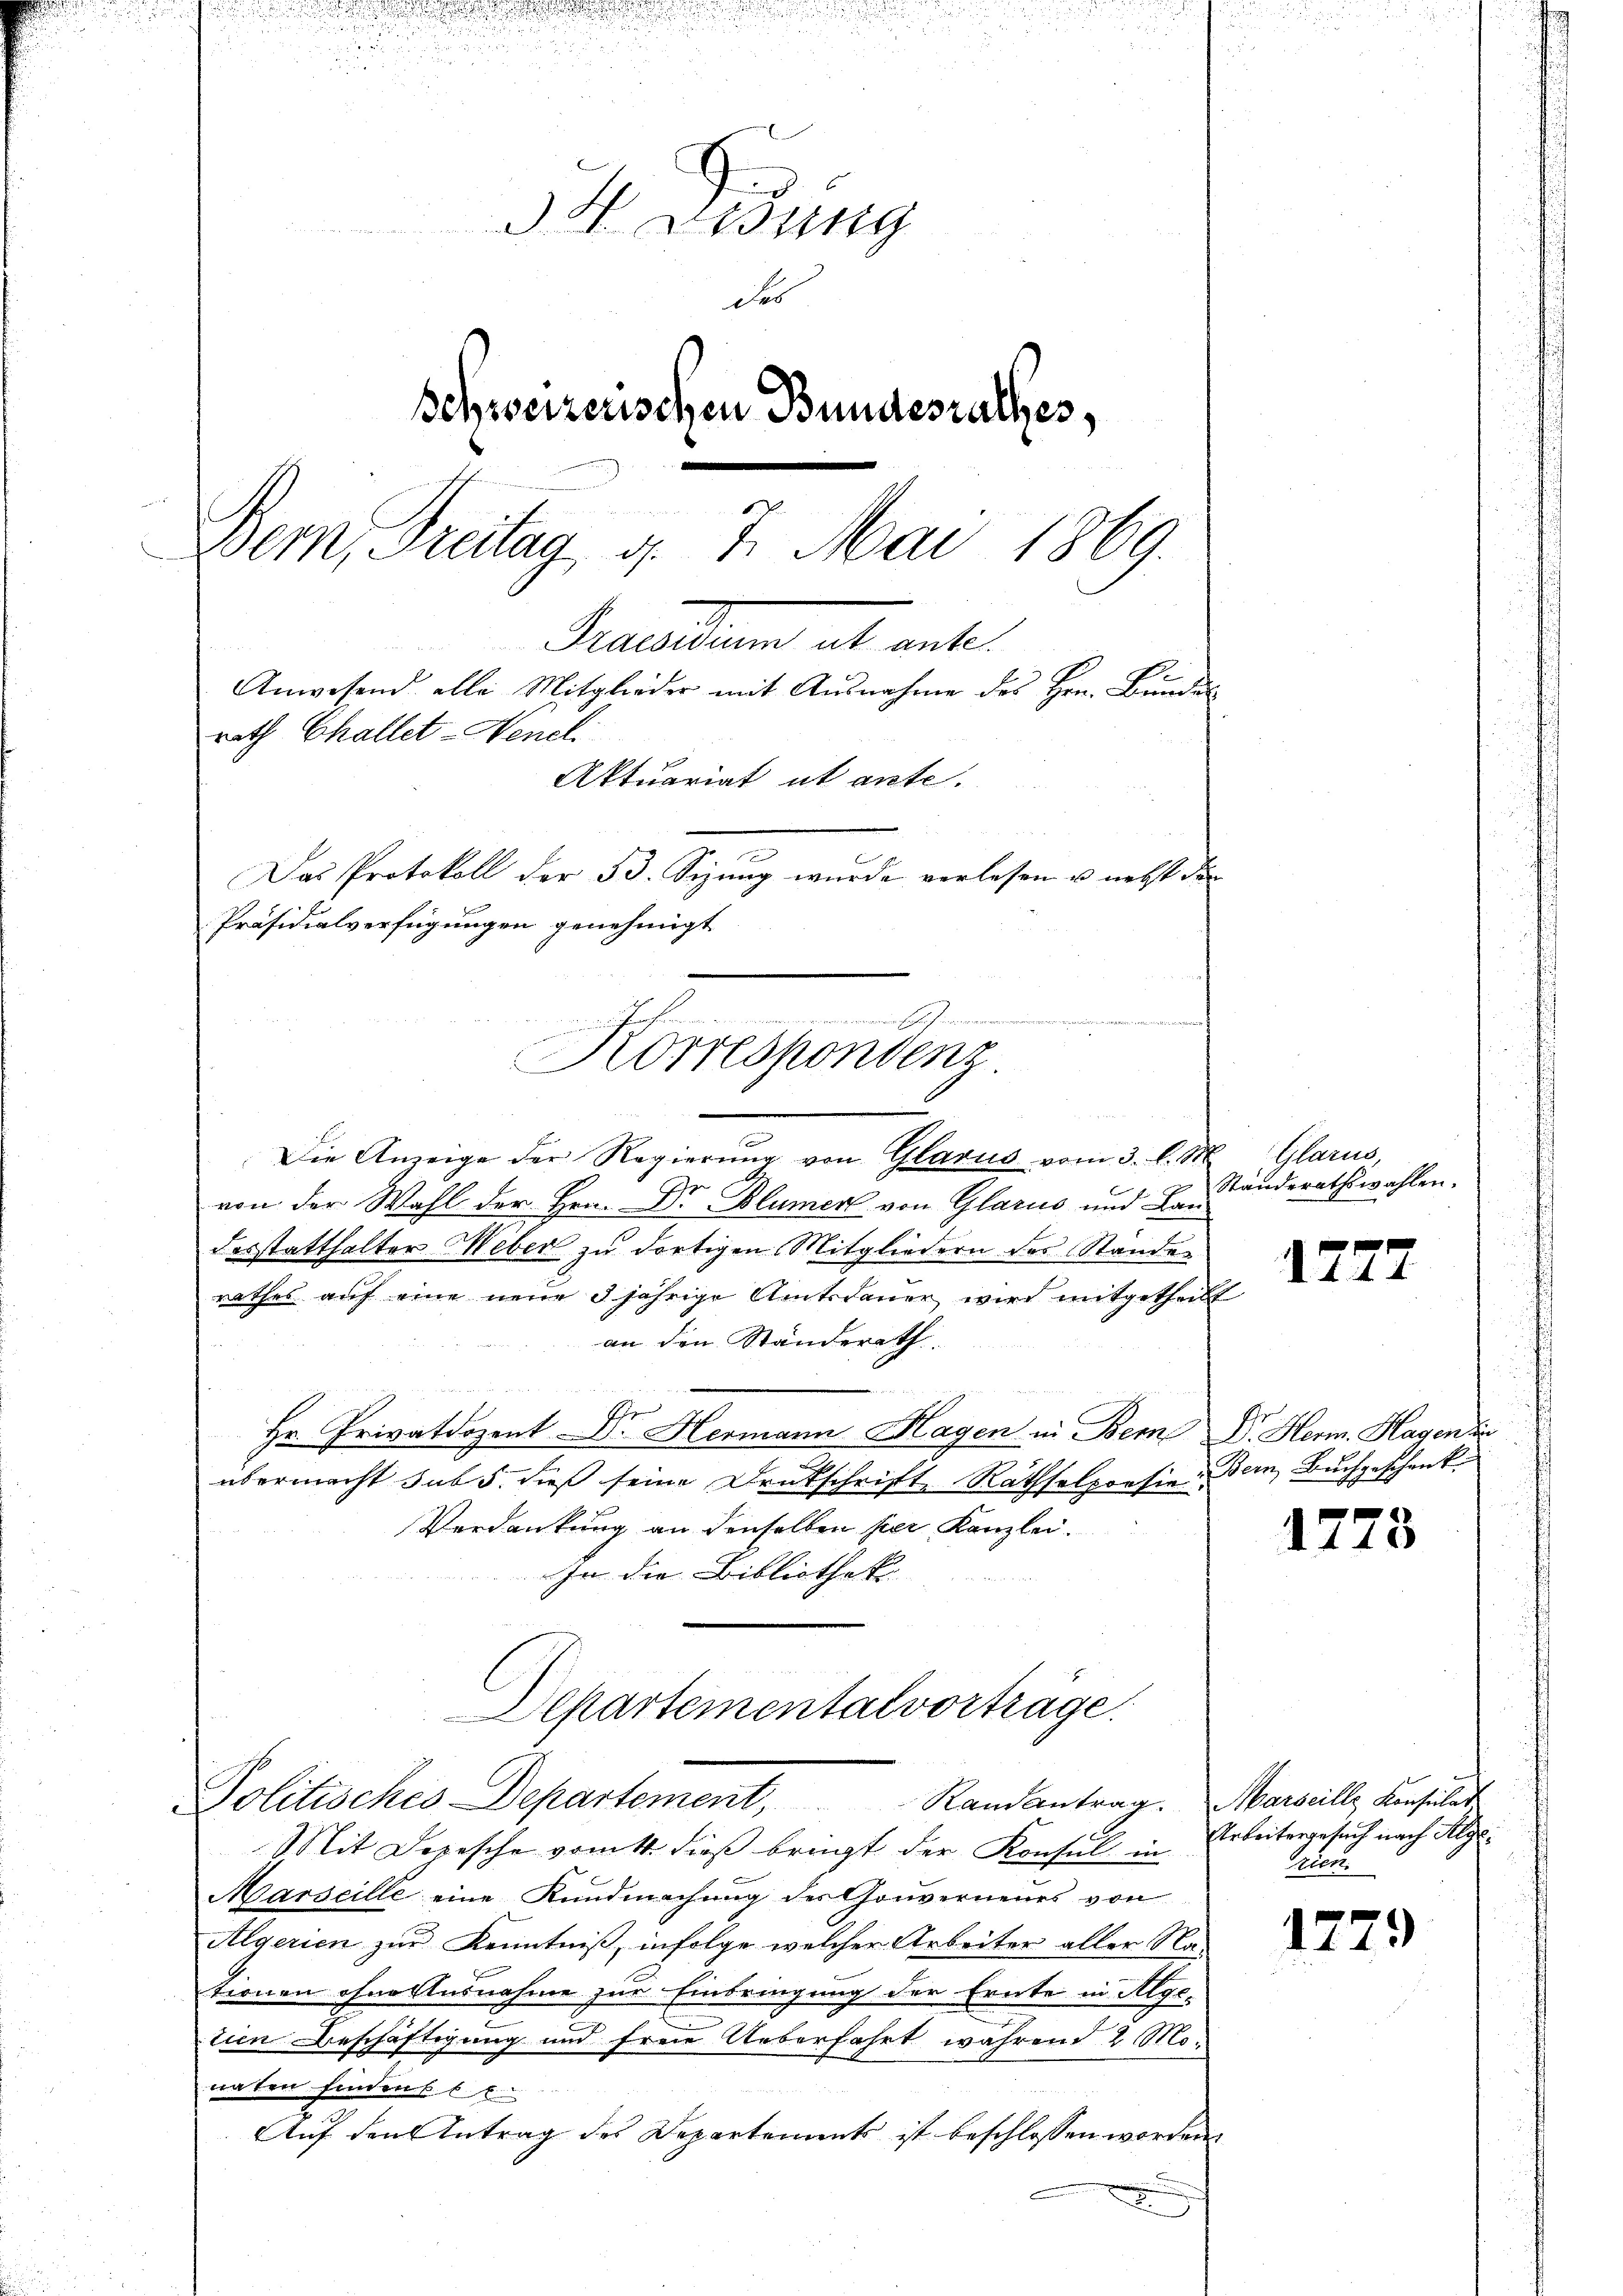
34 Didung
des
Schweizerischen Bundesrathes,
u
x
Bern, Freitag, d. 1. Mai 1869.
Preistung ab ante
Anwesend alle Mitglieder mit Ausnahme des Hrn. Bundes
rath Challet-Henel
Aktuariat ut ante.
Das Protokoll der B. Sizung wurde verlesen u. nebst die
Präsidialverfügungen genehmigt
e

Korrespondenz.

Die Anzeige der Regierung von Glarus vom 3. l. M
.
von der Wahl der Hrn. Dr Blümer von Glarus und Baudesstatthalter Weber zu dortigen Mitgliedern des Stande
rathes auf eine neue 3 jährige Amtsdauer wird mitgetheilt
an den Ständerath
Hr. Privatdozent Dr. Hermann Hagen in Bem Dr. Herm. Hagen die
übermacht sub 5. dieß seine Druckschrift, Rathselporsie
Verdankung an denselben hier Kanzlei.
In die Bibliothek
Departemental vorträge.
Politisches Departement, Randantrag. Marseille Konsulat
Mit Depesche vom 11. dieß brügt der Konsul in
Marseille eine Kundmachung des Gouverneurs von
Algerien zur Kenntniß, infolge welcher Arbeiter aller Na-
tionen ohne Ausnahme zur Einbringung der Ernte in Alge-
tien Beschäftigung und freie Ueberfahrt während 2 Monaten finden 6. E
Auf den Antrag des Departements ist beschlossen worden.

Glarus,
Standerathswahlen.

17

22

Bern, Buchgeschenk.

1778

Arbeitergesuch nach Alge¬
Trien.

17.

79)